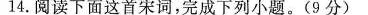
14.阅读下面这首宋词，完成下列小题。(9分)